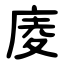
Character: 庱